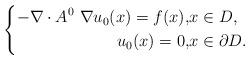
LaTeX: \begin{align*}\left\{\begin{aligned}-\nabla \cdot A^0\ \nabla u_0(x) = f(x), & x \in D,\\u_0(x) = 0, & x \in \partial D.\end{aligned}\right.\end{align*}